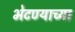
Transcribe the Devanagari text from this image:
भेटण्याच्या